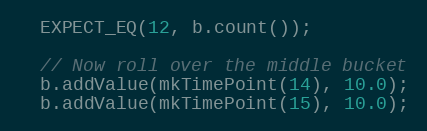
Language: C++
  EXPECT_EQ(12, b.count());

  // Now roll over the middle bucket
  b.addValue(mkTimePoint(14), 10.0);
  b.addValue(mkTimePoint(15), 10.0);